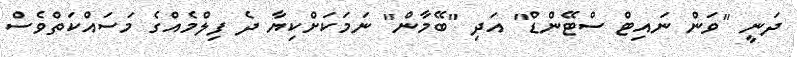
ދަނީ "ވަން ނައިޓް ސްޓޭންޑް" އަދި "ބޭމާން" ނަމަކަށްކިޔާ ދެ ފިލްމެއްގެ މަސައްކަތްވެސް